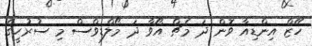
ހޭޒް އިންޑިއާ ވޮން ދަ މެޗް އޯވާ ދަ މޯލްޑިވްސް މި ސުރުހީގެ